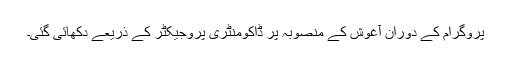
پروگرام کے دوران آغوش کے منصوبہ پر ڈاکومنٹری پروجیکٹر کے ذریعے دکھائی گئی۔